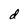
Character: d